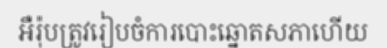
អឺរ៉ុបត្រូវរៀបចំការបោះឆ្នោតសភាហើយ